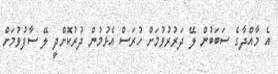
އެ މާއްދާގެ ސަބަބުން ލޭ ދަރުރުވުމަށް ހުރަސް އެޅުމުން ދުރުކޮށްދީ ލޭ ސާފުވުމަށް